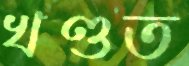
খণ্ডত